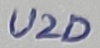
Text: U2D